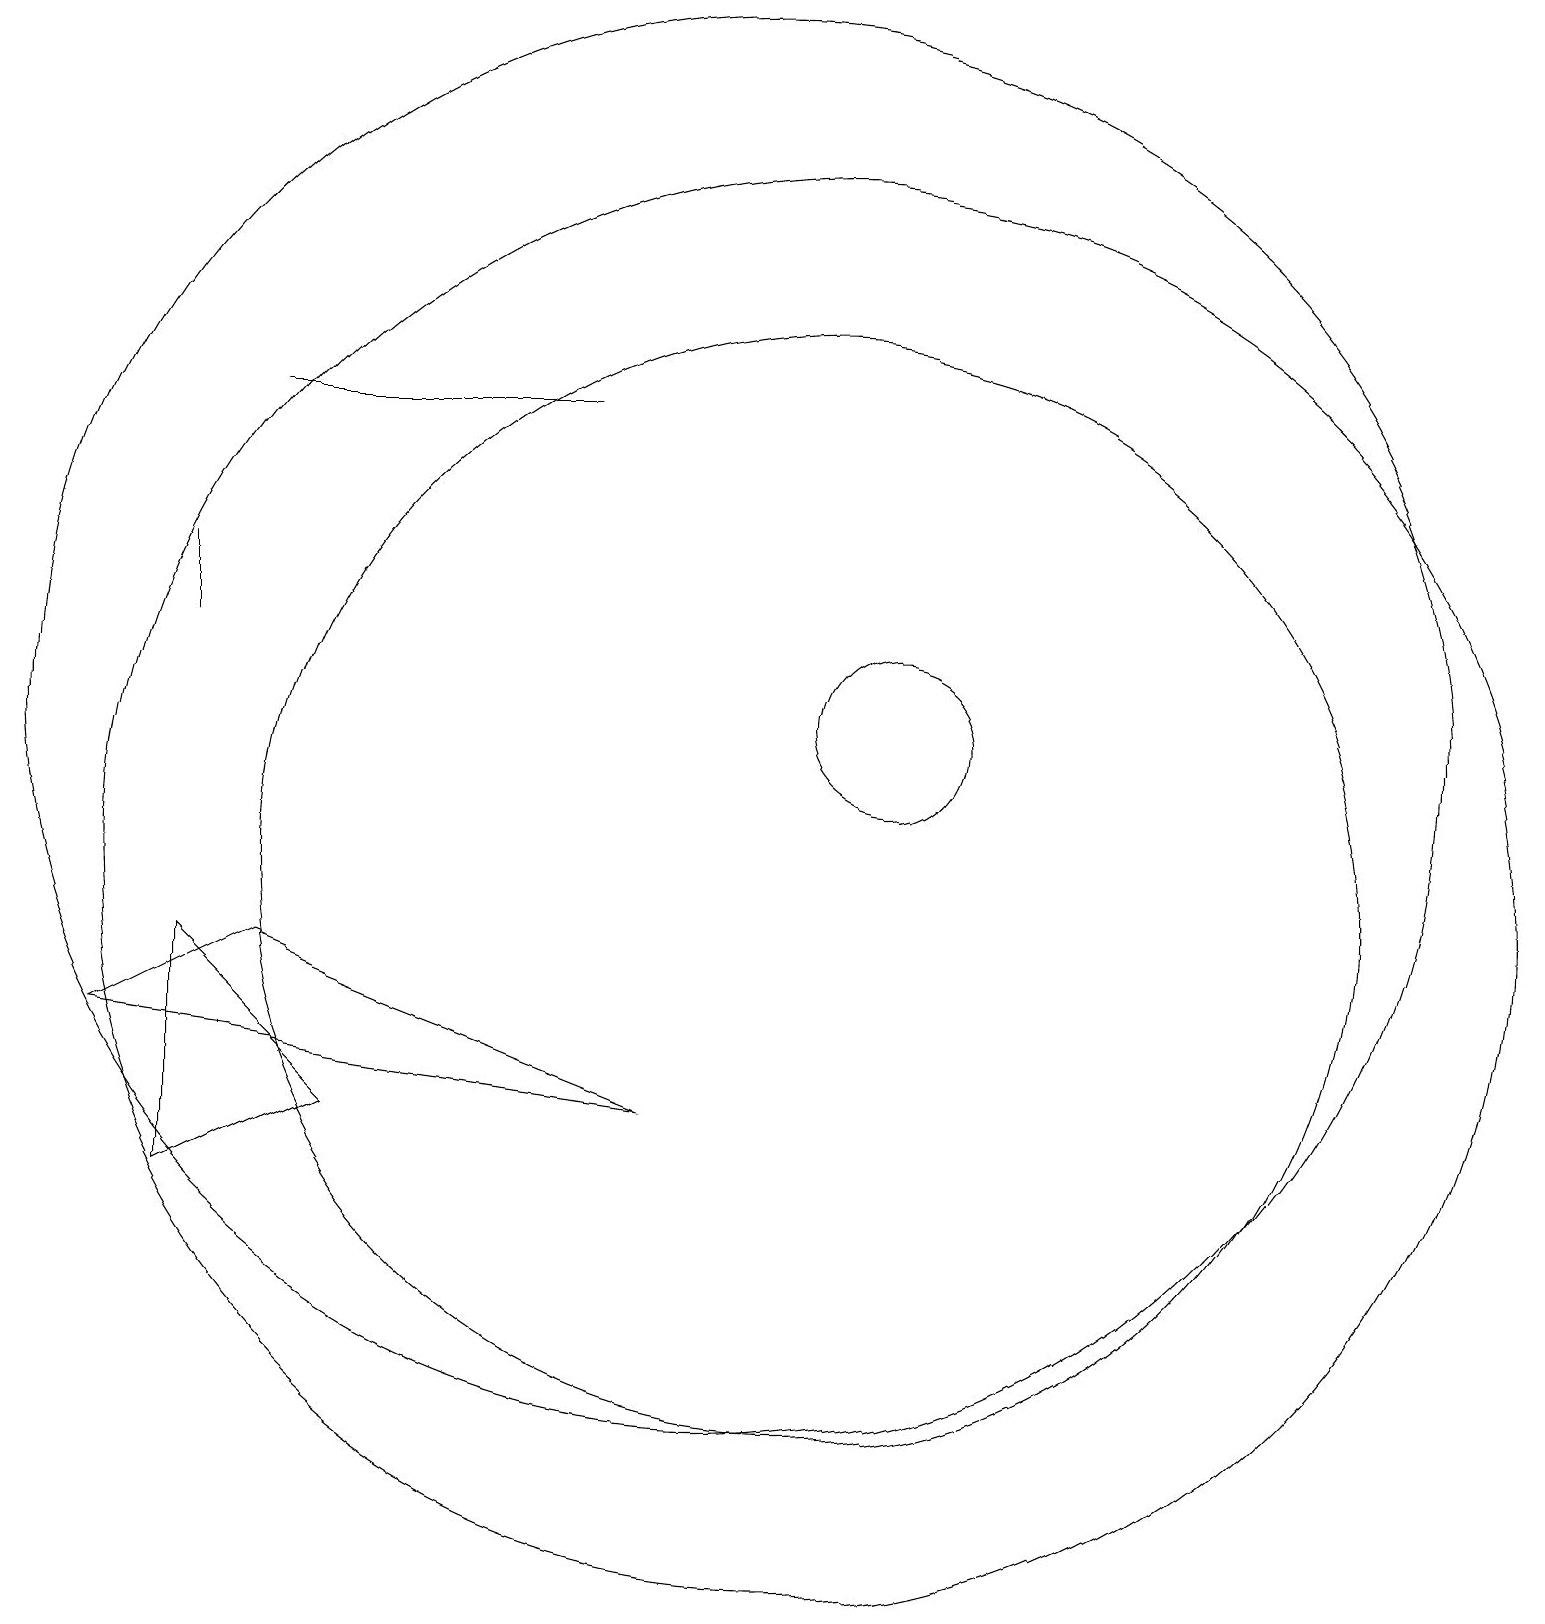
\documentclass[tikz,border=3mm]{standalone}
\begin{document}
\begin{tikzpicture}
\draw (10,12) circle (9);
\draw (4,9) -- (2,8) -- (9,7) -- cycle;
\draw (12,12) circle (1);
\draw (11,10) circle (7);
\draw (3,9) -- (3,6) -- (5,7) -- cycle;
\draw (3,13) rectangle (3,14);
\draw (11,10) circle (9);
\draw (4,16) rectangle (8,16);
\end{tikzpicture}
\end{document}